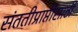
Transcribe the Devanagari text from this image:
संततीप्राप्तीसाठी